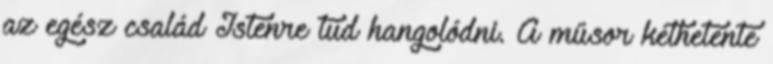
az egész család Istenre tud hangolódni. A műsor kéthetente